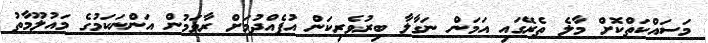
މަސައްކަތްކޮށް މާލެ ތެރޭގައި އަމަން ނަގާލާ ބިރުވެރިކަން އުފެއްދުމަށް ރާވަމުން އަންނަކަމުގެ މައުލޫމާތު